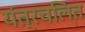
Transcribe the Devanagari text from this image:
यंत्रचलित